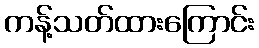
ကန့်သတ်ထားကြောင်း